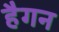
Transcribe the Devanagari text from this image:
हैगन